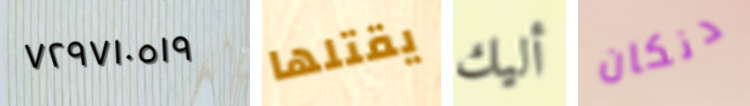
٧٢٩٧١٠٥١٩ يقتلها أليك دنكان